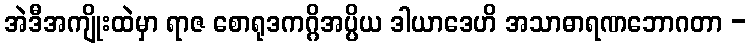
အဲဒီအကျိုးထဲမှာ ရာဇ စောရုဒကဂ္ဂိအပ္ပိယ ဒါယာဒေဟိ အသာဓာရဏဘောဂတာ -